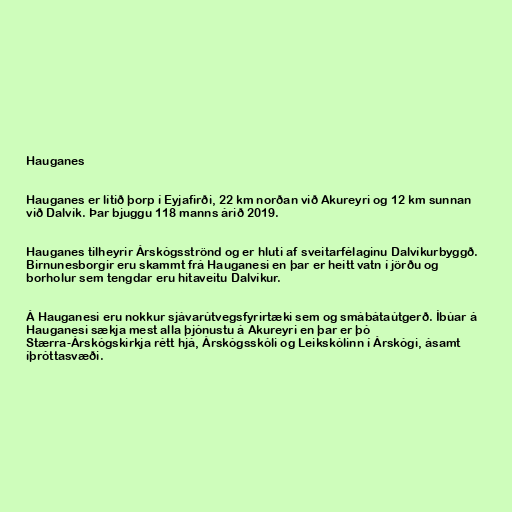
Hauganes

Hauganes er lítið þorp í Eyjafirði, 22 km norðan við Akureyri og 12 km sunnan
við Dalvík. Þar bjuggu 118 manns árið 2019.

Hauganes tilheyrir Árskógsströnd og er hluti af sveitarfélaginu Dalvíkurbyggð.
Birnunesborgir eru skammt frá Hauganesi en þar er heitt vatn í jörðu og
borholur sem tengdar eru hitaveitu Dalvíkur.

Á Hauganesi eru nokkur sjávarútvegsfyrirtæki sem og smábátaútgerð. Íbúar á
Hauganesi sækja mest alla þjónustu á Akureyri en þar er þó
Stærra-Árskógskirkja rétt hjá, Árskógsskóli og Leikskólinn í Árskógi, ásamt
íþróttasvæði.